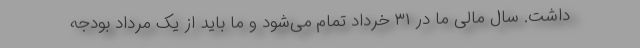
داشت. سال مالی ما در ۳۱ خرداد تمام می‌شود و ما باید از یک مرداد بودجه